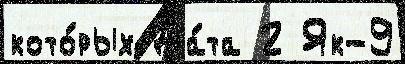
кото́рых Да́та 2 Як-9